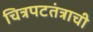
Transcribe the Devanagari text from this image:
चित्रपटतंत्राची